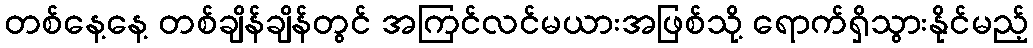
တစ်နေ့နေ့ တစ်ချိန်ချိန်တွင် အကြင်လင်မယားအဖြစ်သို့ ရောက်ရှိသွားနိုင်မည့်